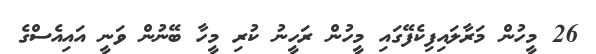
26 މީހުން މަރާލައިފިކެފޭގައި މީހުން ރަހީނު ކުރި މީހާ ބޭނުން ވަނީ އައިއެސްގެ